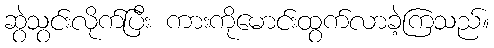
ဆွဲသွင်းလိုက်ပြီး ကားကိုမောင်းထွက်လာခဲ့ကြသည်။